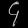
Digit: ၄